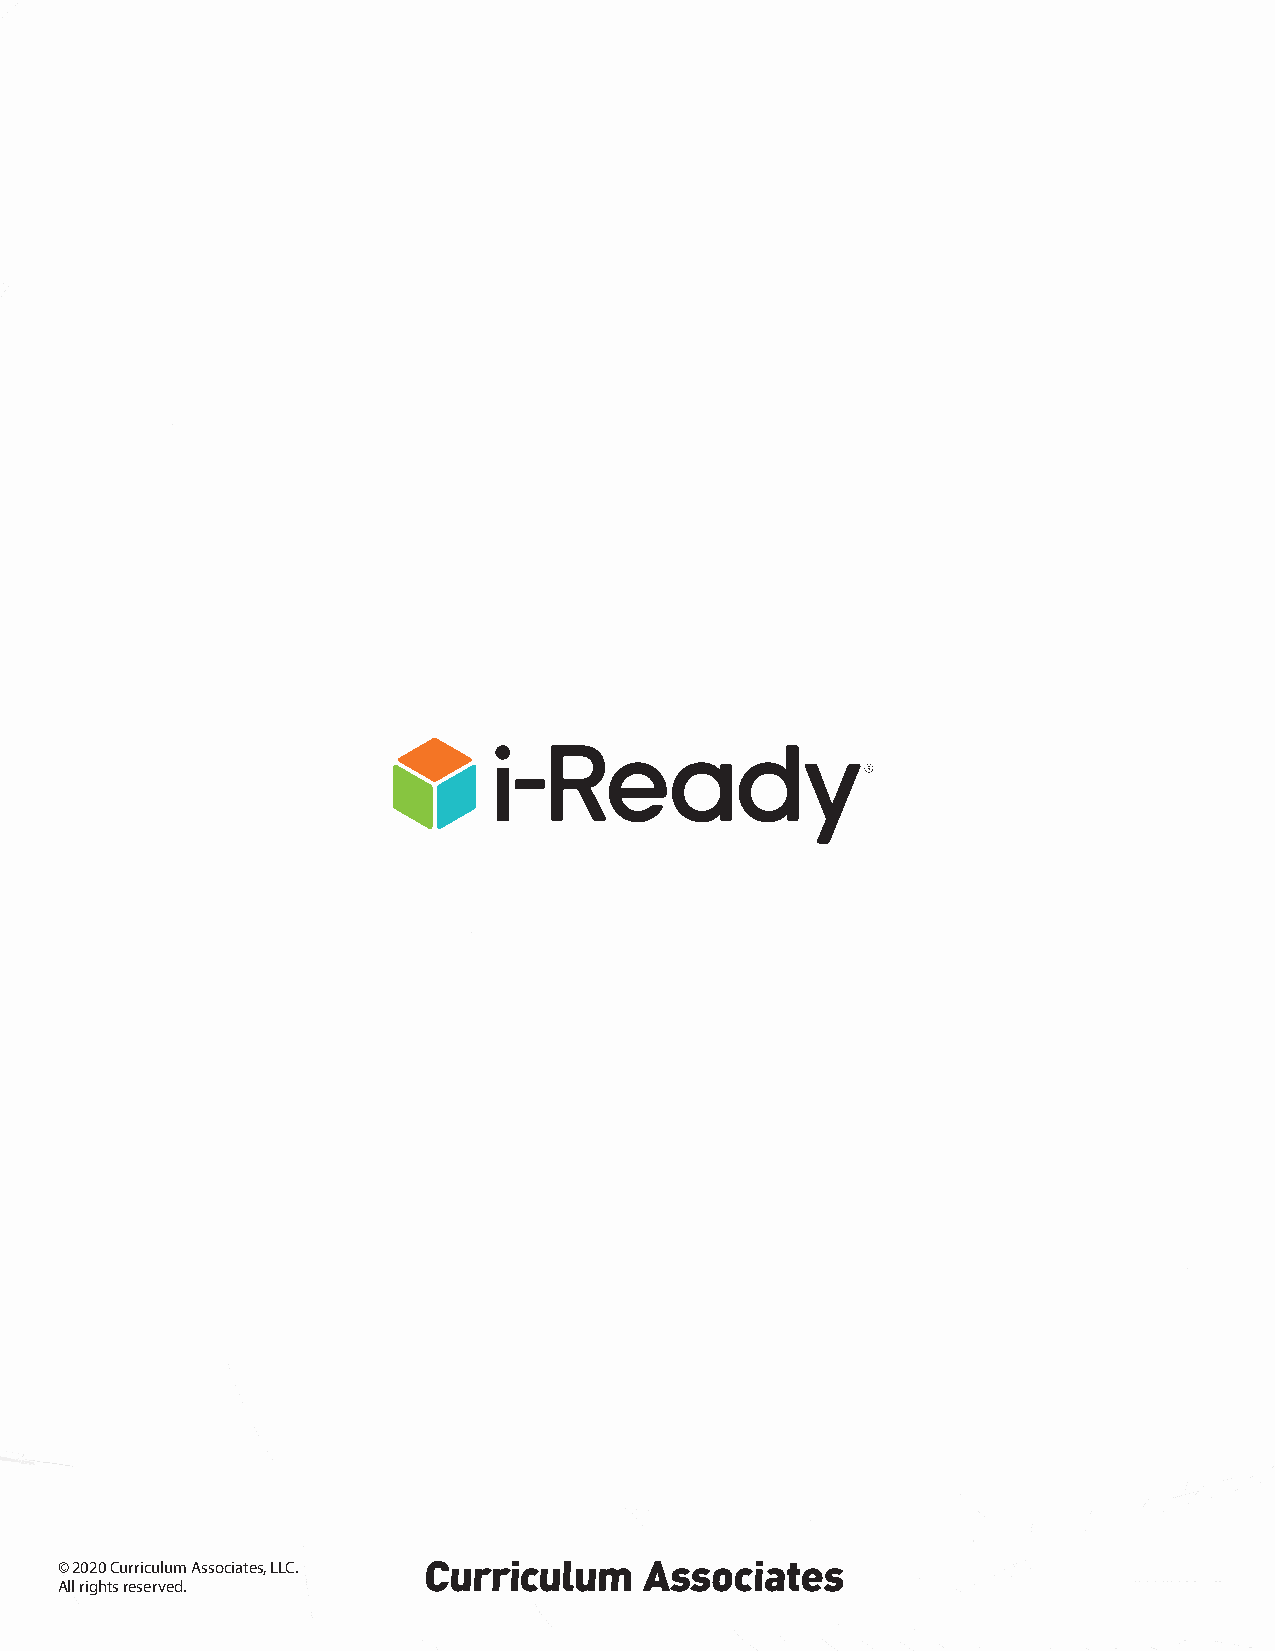
© 2020 |Curriculum Associates, LLC.
 6                                            © 2020 Curriculum Associates, LLC. All rights reserved. | 6/20 0K
 All rights reserved.